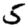
Digit: 5